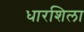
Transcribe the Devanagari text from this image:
धारशिला